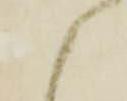
候